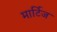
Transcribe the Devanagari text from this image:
मार्टिज